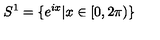
S ^ { 1 } = \{ e ^ { i x } \vert x \in [ 0 , 2 \pi ) \}